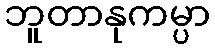
ဘူတာနုကမ္ပာ